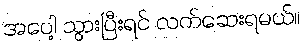
အပေါ့ သွားပြီးရင် လက်ဆေးရမယ်။